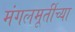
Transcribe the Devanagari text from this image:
मंगलमूर्तीच्या